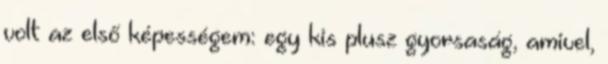
volt az első képességem: egy kis plusz gyorsaság, amivel,